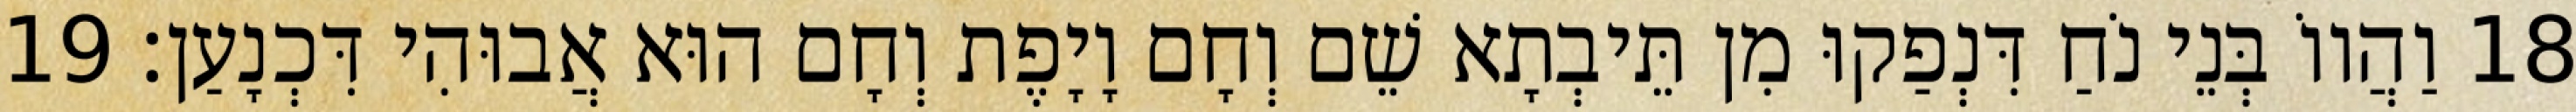
18 וַהֲווֹ בְּנֵי נֹחַ דִּנְפַקוּ מִן תֵּיבְתָא שֵׁם וְחָם וָיָפֶת וְחָם הוּא אֲבוּהִי דִּכְנָעַן׃ 19